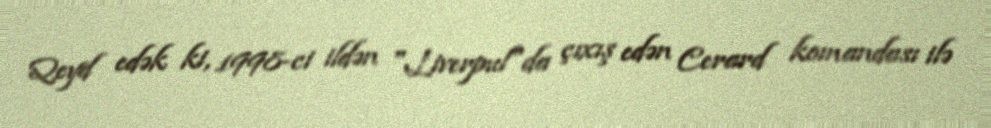
Qeyd edək ki, 1998-ci ildən "Liverpul"da çıxış edən Cerard komandası ilə